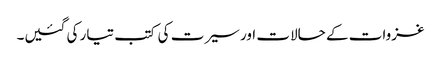
غزوات کے حالات اور سیرت کی کتب تیار کی گئیں۔